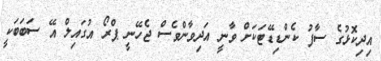
އިދިކޮޅުގެ ސާފު ކެންޑިޑޭޓަކަށް ވާނީ އަދިވާންވެސް ޖެހޭނީ ޕްރޯ އުގައިލް އޭ ސަބަބަކީ